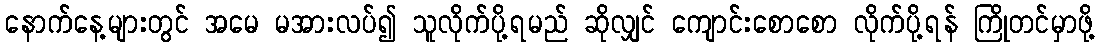
နောက်နေ့များတွင် အမေ မအားလပ်၍ သူလိုက်ပို့ရမည် ဆိုလျှင် ကျောင်းစောစော လိုက်ပို့ရန် ကြိုတင်မှာဖို့